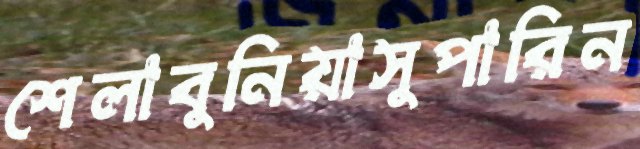
শেলাবুনিয়াসুপারিন